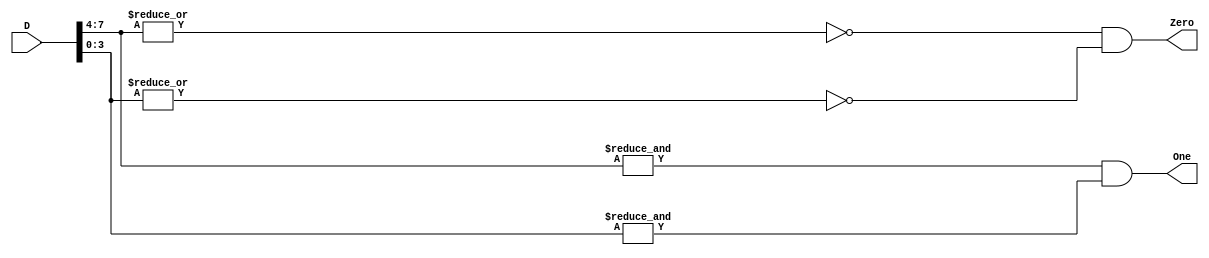
// Ch09 all_zero_one.v
// K 0  1 d

module all_zero_one (D,Zero,One);
input  [7:0] D;			// KJ
output Zero,One;		// @X
reg    Zero,One,ZH,ZL,OH,OL;	// is

// hq
always@(D)
  begin
    checker (D[7:4], ZH, OH);
    checker (D[3:0], ZL, OL);
    Zero = ZH & ZL;
    One  = OH & OL;
  end
//-----------------------------------------------
// ]p (| 0  1 d)
task checker;
input  [3:0] I;
output Z,O;
 {Z,O} =  {~|I, &I};
endtask

endmodule